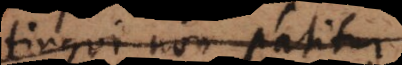
extingui non patitur,